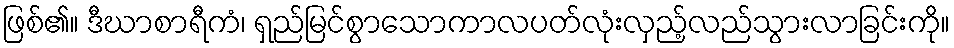
ဖြစ်၏။ ဒီဃာစာရီကံ၊ ရှည်မြင်စွာသောကာလပတ်လုံးလှည့်လည်သွားလာခြင်းကို။